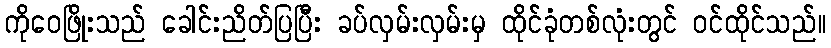
ကိုဝေဖြိုးသည် ခေါင်းညိတ်ပြပြီး ခပ်လှမ်းလှမ်းမှ ထိုင်ခုံတစ်လုံးတွင် ဝင်ထိုင်သည်။